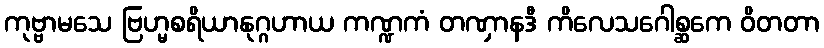
ကုဗ္ဗာမသေ ဗြဟ္မစရိယာနုဂ္ဂဟာယ ကဏ္ဍကံ တဏှာနဒီ ကိလေသဂေါစ္ဆကေ ဝိတတာ